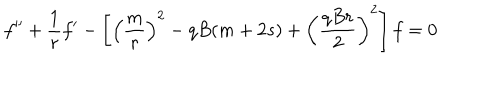
LaTeX: f ^ { \prime \prime } + \frac { 1 } { r } f ^ { \prime } - \left[ \left( \frac { m } { r } \right) ^ { 2 } - q B ( m + 2 s ) + \left( \frac { q B r } { 2 } \right) ^ { 2 } \right] f = 0